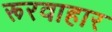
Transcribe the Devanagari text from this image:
रूरवाहार